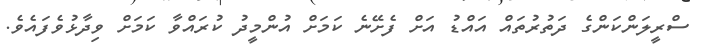
ސްރީލަންކަންގެ ދަތުރުތައް އައްޑު އަށް ފެށޭނެ ކަމަށް އުންމީދު ކުރައްވާ ކަމަށް ވިދާޅުވެފައެވެ.